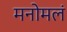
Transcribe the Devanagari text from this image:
मनोमलं